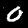
Label: 0